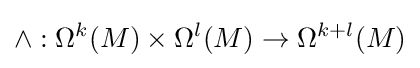
\wedge :\Omega ^{k}(M)\times \Omega ^{l}(M)\rightarrow \Omega ^{k+l}(M)